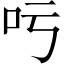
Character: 𠮱